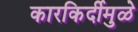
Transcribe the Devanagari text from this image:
कारकिर्दीमुळे